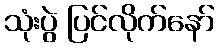
သုံးပွဲ ပြင်လိုက်နော်